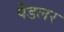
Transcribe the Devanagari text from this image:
पेडलर